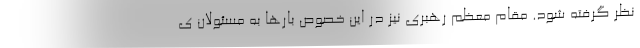
نظر گرفته شود. مقام معظم رهبری نیز در این خصوص بارها به مسئولان ی